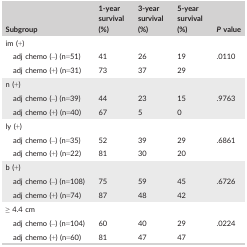
<table><thead><tr><td><b>Subgroup</b></td><td><b>1‐year survival (%)</b></td><td><b>3‐year survival (%)</b></td><td><b>5‐year survival (%)</b></td><td><b><i>P</i> value</b></td></tr></thead><tbody><tr><td colspan="5">im (+)</td></tr><tr><td>adj chemo (–) (n=51)</td><td>41</td><td>26</td><td>19</td><td>.0110</td></tr><tr><td>adj chemo (+) (n=31)</td><td>73</td><td>37</td><td>29</td><td></td></tr><tr><td colspan="5">n (+)</td></tr><tr><td>adj chemo (–) (n=39)</td><td>44</td><td>23</td><td>15</td><td>.9763</td></tr><tr><td>adj chemo (+) (n=40)</td><td>67</td><td>5</td><td>0</td><td></td></tr><tr><td colspan="5">ly (+)</td></tr><tr><td>adj chemo (–) (n=35)</td><td>52</td><td>39</td><td>29</td><td>.6861</td></tr><tr><td>adj chemo (+) (n=22)</td><td>81</td><td>30</td><td>20</td><td></td></tr><tr><td colspan="5">b (+)</td></tr><tr><td>adj chemo (–) (n=108)</td><td>75</td><td>59</td><td>45</td><td>.6726</td></tr><tr><td>adj chemo (+) (n=74)</td><td>87</td><td>48</td><td>42</td><td></td></tr><tr><td colspan="5">≥ 4.4 cm</td></tr><tr><td>adj chemo (–) (n=104)</td><td>60</td><td>40</td><td>29</td><td>.0224</td></tr><tr><td>adj chemo (+) (n=60)</td><td>81</td><td>47</td><td>47</td><td></td></tr></tbody></table>